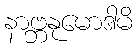
နာဗ္ဘနုမောဒါမိ